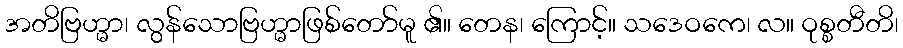
အတိဗြဟ္မာ၊ လွန်သောဗြဟ္မာဖြစ်တော်မူ ၏။ တေန၊ ကြောင့်။ သဒေဝကေ၊ လ။ ဝုစ္စတီတိ၊